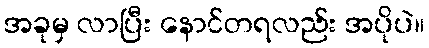
အခုမှ လာပြီး နောင်တရလည်း အပိုပဲ။